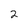
Character: 2